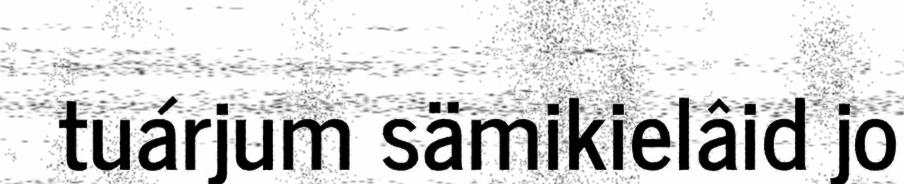
tuárjum sämikielâid jo